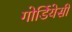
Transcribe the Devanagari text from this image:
गोर्डियेसी